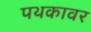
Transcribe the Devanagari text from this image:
पथकावर